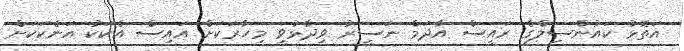
އަތޮޅު ކައުންސިލްގެ ރައީސް އާދަމް ނަސީރު ވިދާޅުވީ މިހާރަކަށް އައިސް އެކަކު އަނެކަކަށް